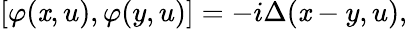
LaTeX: \left[\varphi(\mathit{x},u),\varphi(y,u)\right]=-i\Delta(\mathit{x}-y,u),